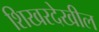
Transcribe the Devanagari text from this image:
शिखरदेखील